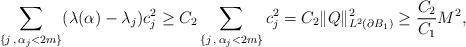
LaTeX: \begin{align*}\sum_{\{j\,,\,\alpha_j<2m\}} (\lambda(\alpha)-\lambda_j)c_j^2&\ge C_2\sum_{\{j\,,\,\alpha_j<2m\}}c_j^2={C_2} \| Q\|_{L^2(\partial B_1)}^{2} \geq \frac{C_2}{C_1} M^2,\end{align*}